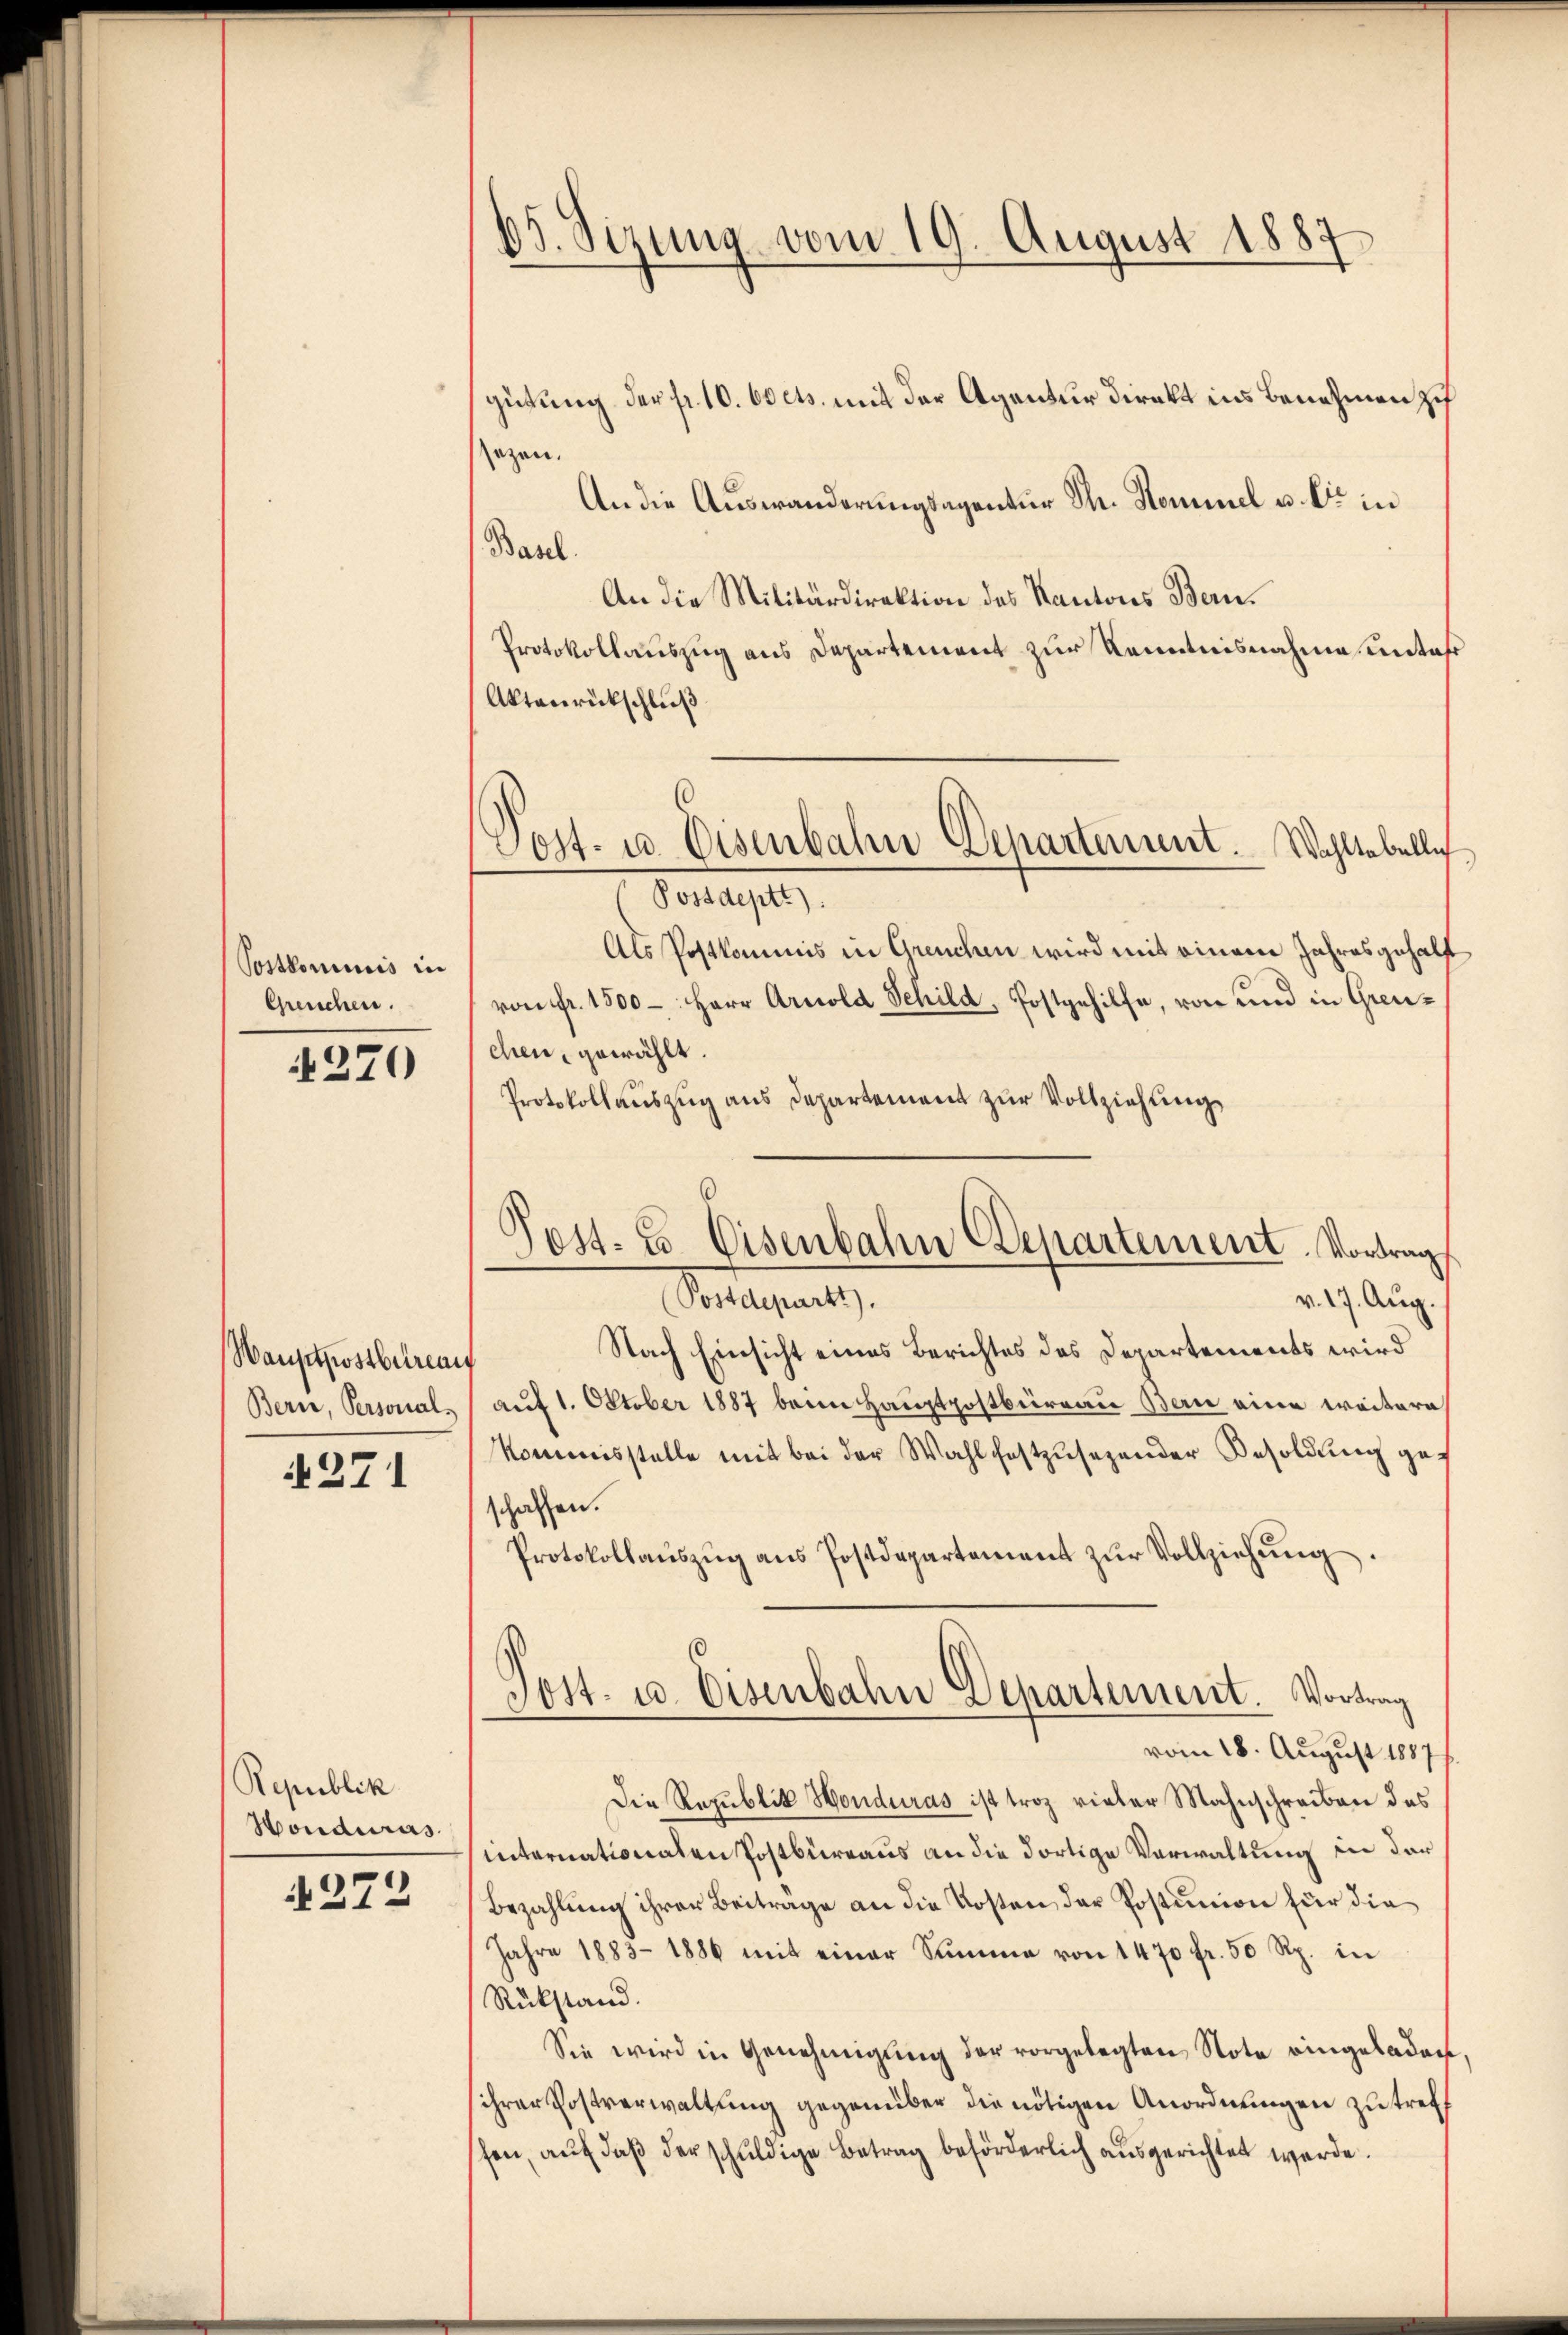
Postkommis in
Greuchen.

270

Wauptpostbetreng
Bern, Personal¬

§271

Republik
Honduras

272

65. Sizung vom 19. August 1887

gütung der fr. 10. Ovets mit der Agentur direkt ins Benehmen zu
sezen.
An die Auswanderungsagentur Sr. Kommel u. die in
Basel.
An die Militärdirektion des Kantons Bern.
Protokollauszug aus Departement zur Kenntnisnahme untast
Aktenrückschluß
(Post- u. Eisenbahn Departement. Wahltabelle
Verlangt,
Als Postkommis in Greuchen wird mit einem Jahresgehalf
von Fr. 1500 – Herr Arnold Schild, Postgehilfe, von und in Greuchen, gewählt.
Protokollauszug aus Departement zur Vollziehung,

Postdeparte).
v. 17. Aug.
Nach Einsicht eines Berichtes des Departements wird
auf 1. Oktober 1887 beim Hauptpostbüreau Bau eine weitere
Kommisstelle mit bei der Wahl festzusezender Besoldung geschaffen.
Protokollaŭszŭg ans Postdepartement zŭr Vollziehŭng.
vom 18. August 18877
Die Republik Honduras ist troz vieler Mahnschreiben des
internationalen Postbüreaus an die dortige Verwaltung in der
Bezahlung ihrer Beiträge an die Kosten der Postunion für die
Jahre 1883-1886 mit einer Summe von 1470 fr. 50 Rp. in
Rükstand.
Sie wird in Genehmigung der vorgelegten Note eingeladen
ihrer Postverwaltung gegenüber die nötigen Anordnungen zu treff
schen, auf daß der schuldige Betrag beförderlich ausgerichtet werde.

Post. Es Eisenbahn Departement. Vortrag

Tost. u. Eisenbahn Departement. Vortrag